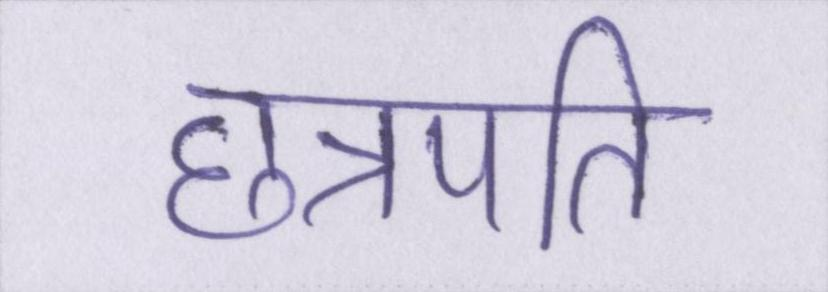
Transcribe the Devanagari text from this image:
छत्रपति